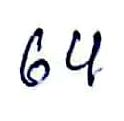
64